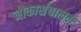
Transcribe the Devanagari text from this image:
नौकासंचालन